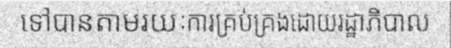
ទៅបានតាមរយៈការគ្រប់គ្រងដោយរដ្ឋាភិបាល